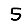
Digit: 5